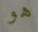
هو